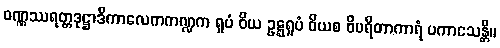
ဝဏ္ဏဿရတ္တဒုဋ္ဌာဒိကာလေကကဏ္ဍက ရူပံ ဝိယ ဥဋ္ဋရူပံ ဝိယစ ဝိပရီတာကာရံ ပကာသေန္တိ။